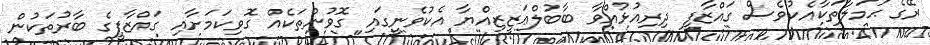
ރޭގެ ޙަމަލާތަކާއެކުވެސް ގައްޒާފީ ދިރިއުޅުއްވާ ބާބުލްޢަޒީޒިއްޔާ އެކުވެނީގައި ގޮވުންތަކެއް ގޮވިކަމަށާއި ގައްޒާފީގެ ބާރުތަކުން